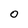
Character: o